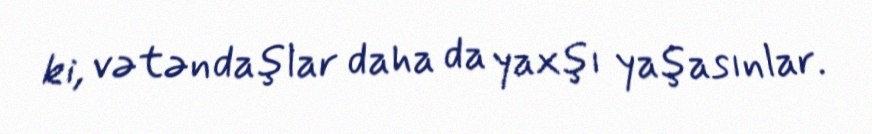
ki, vətəndaşlar daha da yaxşı yaşasınlar.